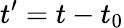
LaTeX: t^{\prime}=t-t_{0}